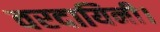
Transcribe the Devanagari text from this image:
वरदायिनी।